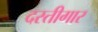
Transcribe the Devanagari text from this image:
दस्तीगार